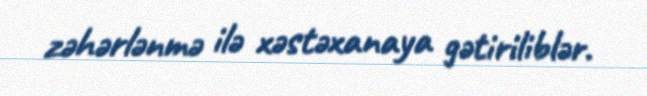
zəhərlənmə ilə xəstəxanaya gətiriliblər.